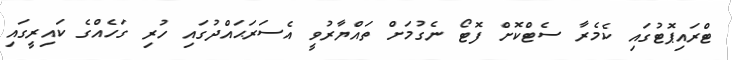
ޓްރައިޕޮޓުގައި ކެމެރާ ސެޓްކޮށް ފޮޓޯ ނެގުމަށް ތައްޔާރުވީ އެސަރަޙައްދުގައި ހުރި ގަހެއްގެ ކައިރީގައި